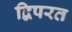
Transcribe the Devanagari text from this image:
द्विपरत